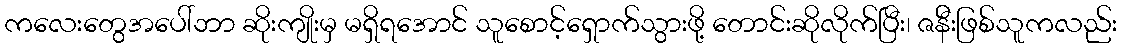
ကလေးတွေအပေါ်ဘာ ဆိုးကျိုးမှ မရှိရအောင် သူစောင့်ရှောက်သွားဖို့ တောင်းဆိုလိုက်ပြီး၊ ဇန်ီးဖြစ်သူကလည်း